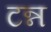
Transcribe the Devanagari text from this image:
टन्न